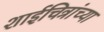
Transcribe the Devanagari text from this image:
शाईचित्रांच्या